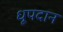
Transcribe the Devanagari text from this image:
धूपदान